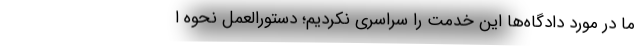
ما در مورد دادگاه‌ها این خدمت را سراسری نکردیم؛ دستورالعمل نحوه ا